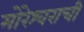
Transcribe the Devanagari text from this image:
मोरेश्वराची